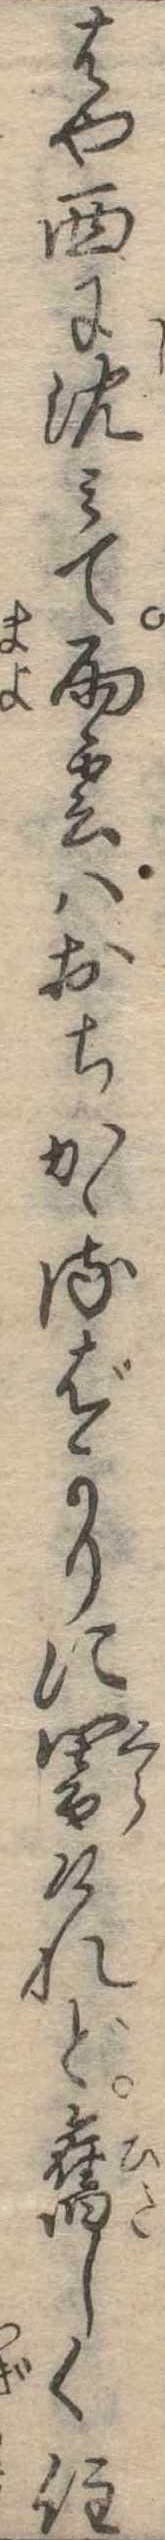
はや西に沈みて雨雲はおちかゝるばかりに闇けれど旧しく住